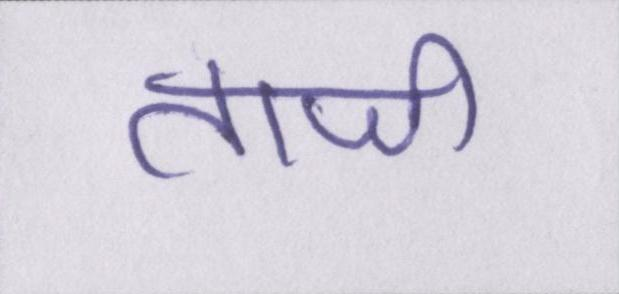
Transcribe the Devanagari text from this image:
ताजी